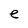
Character: e